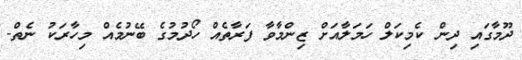
ދޫމާގައި ދިން ކެމިކަލް ހަމަލާއަށް ޒިންމާވާ ފަރާތެއް ހޯދުމުގެ ބޭނުމެއް މިހާރަކު ނެތް-